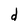
Character: d